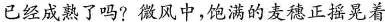
已经成熟了吗?微风中，饱满的麦穗正摇晃着